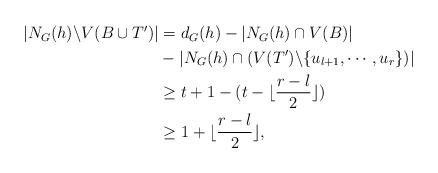
LaTeX: \begin{align*}\begin{aligned}|N_{G}(h)\backslash V(B\cup T')|&= d_{G}(h)-|N_{G}(h)\cap V(B)|\\&-|N_{G}(h)\cap (V(T')\backslash \{u_{l+1},\cdots,u_{r}\})|\\&\geq t+1-(t-\lfloor\frac{r-l}{2}\rfloor)\\&\geq 1+\lfloor\frac{r-l}{2}\rfloor,\end{aligned}\end{align*}